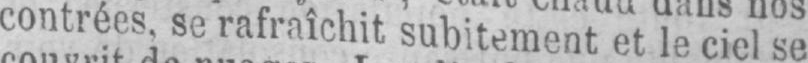
contrées, se rafraîchit subitement et le ciel se